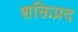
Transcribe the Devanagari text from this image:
शक्तिप्रद